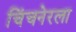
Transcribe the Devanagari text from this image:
चिंचनेरला